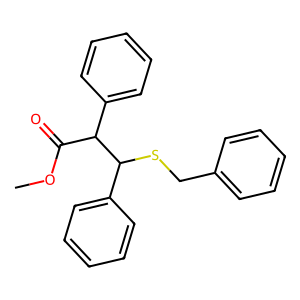
SMILES: COC(=O)C(c1ccccc1)C(SCc1ccccc1)c1ccccc1
Inhibits HIV replication: No